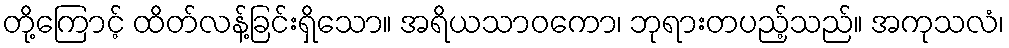
တို့ကြောင့် ထိတ်လန့်ခြင်းရှိသော။ အရိယသာဝကော၊ ဘုရားတပည့်သည်။ အကုသလံ၊